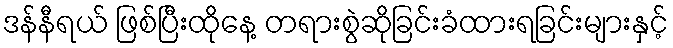
ဒန်နီရယ် ဖြစ်ပြီးထိုနေ့ တရားစွဲဆိုခြင်းခံထားရခြင်းများနှင့်